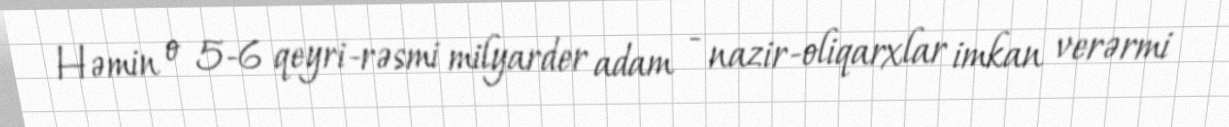
Həmin o 5-6 qeyri-rəsmi milyarder adam - nazir-oliqarxlar imkan verərmi